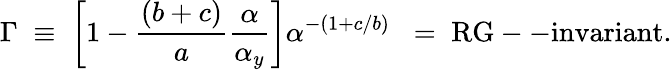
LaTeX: \Gamma\; \equiv\; \left[1-{\frac{(b+c)}{a}}{\frac{\alpha}{\alpha_{y}}}\right]\alpha^{-(1+c/b)}\; \; =\; \mathrm{RG--invariant}.